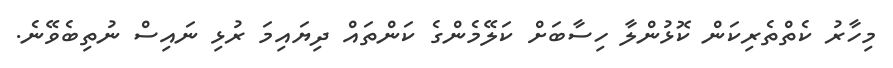
މިހާރު ކެތްތެރިކަން ކޮޅުންލާ ހިސާބަށް ކަލޭމެންގެ ކަންތައް ދިޔައިމަ ރުޅި ނައިސް ނުތިބެވޭނެ.